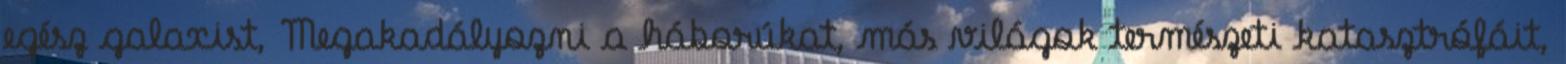
egész galaxist, Megakadályozni a háborúkat, más világok természeti katasztrófáit,